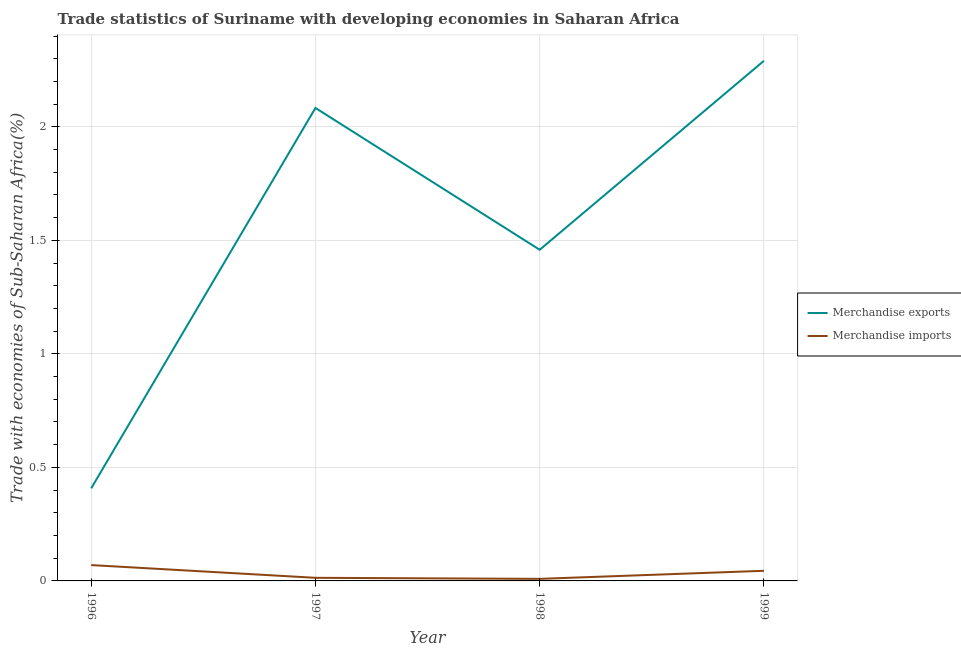
| Year | Merchandise exports | Merchandise imports |
 | --- | --- | --- |
 | 1996 | 0.408 | 0.0698 |
 | 1997 | 2.08 | 0.0137 |
 | 1998 | 1.46 | 0.00906 |
 | 1999 | 2.29 | 0.0446 |